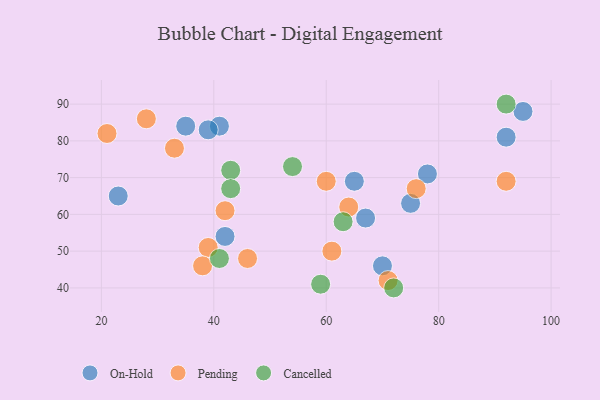
{"axis": {"x": "GDP", "y": "Life Expectancy"}, "legend": ["Cancelled", "On-Hold", "Pending"], "data": [{"x": "65", "y": 69, "type": "On-Hold"}, {"x": "67", "y": 59, "type": "On-Hold"}, {"x": "41", "y": 84, "type": "On-Hold"}, {"x": "95", "y": 88, "type": "On-Hold"}, {"x": "42", "y": 54, "type": "On-Hold"}, {"x": "70", "y": 46, "type": "On-Hold"}, {"x": "75", "y": 63, "type": "On-Hold"}, {"x": "35", "y": 84, "type": "On-Hold"}, {"x": "39", "y": 83, "type": "On-Hold"}, {"x": "23", "y": 65, "type": "On-Hold"}, {"x": "92", "y": 81, "type": "On-Hold"}, {"x": "78", "y": 71, "type": "On-Hold"}, {"x": "92", "y": 69, "type": "Pending"}, {"x": "28", "y": 86, "type": "Pending"}, {"x": "39", "y": 51, "type": "Pending"}, {"x": "46", "y": 48, "type": "Pending"}, {"x": "64", "y": 62, "type": "Pending"}, {"x": "21", "y": 82, "type": "Pending"}, {"x": "76", "y": 67, "type": "Pending"}, {"x": "61", "y": 50, "type": "Pending"}, {"x": "60", "y": 69, "type": "Pending"}, {"x": "42", "y": 61, "type": "Pending"}, {"x": "71", "y": 42, "type": "Pending"}, {"x": "38", "y": 46, "type": "Pending"}, {"x": "33", "y": 78, "type": "Pending"}, {"x": "43", "y": 72, "type": "Cancelled"}, {"x": "72", "y": 40, "type": "Cancelled"}, {"x": "92", "y": 90, "type": "Cancelled"}, {"x": "41", "y": 48, "type": "Cancelled"}, {"x": "43", "y": 67, "type": "Cancelled"}, {"x": "59", "y": 41, "type": "Cancelled"}, {"x": "63", "y": 58, "type": "Cancelled"}, {"x": "54", "y": 73, "type": "Cancelled"}]}